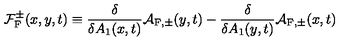
{ \cal F } _ { \mathrm { F } } ^ { \pm } ( x , y , t ) \equiv \frac { \delta } { \delta A _ { 1 } ( x , t ) } { \cal A } _ { \mathrm { F } , \pm } ( y , t ) - \frac { \delta } { \delta A _ { 1 } ( y , t ) } { \cal A } _ { \mathrm { F } , \pm } ( x , t )